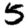
Digit: 5